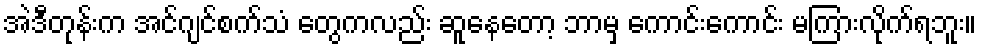
အဲဒီတုန်းက အင်ဂျင်စက်သံ တွေကလည်း ဆူနေတော့ ဘာမှ ကောင်းကောင်း မကြားလိုက်ရဘူး။